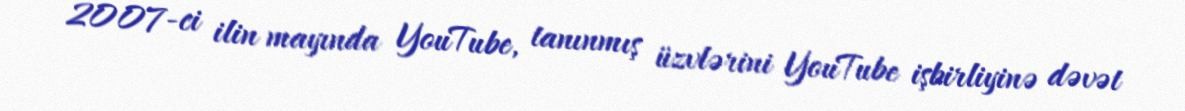
2007-ci ilin mayında YouTube, tanınmış üzvlərini YouTube işbirliyinə dəvət